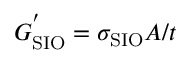
G _ { \mathrm { S I O } } ^ { ' } = \sigma _ { \mathrm { S I O } } A / t